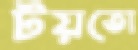
টয়তো